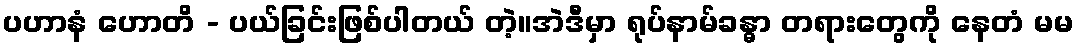
ပဟာနံ ဟောတိ - ပယ်ခြင်းဖြစ်ပါတယ် တဲ့။အဲဒီမှာ ရုပ်နာမ်ခန္ဓာ တရားတွေကို နေတံ မမ